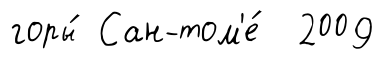
горы́ Сан-том'е́ 2009